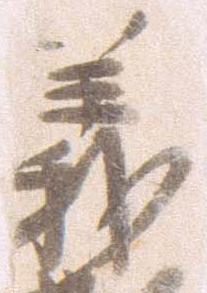
義